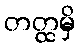
တတ္ထမှိ